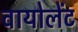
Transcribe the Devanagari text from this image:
वायोलेंट